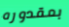
بمقدوره